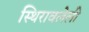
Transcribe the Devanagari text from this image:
स्थिरावलेली